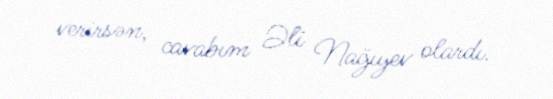
verirsən, cavabım Əli Nağıyev olardı.